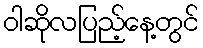
ဝါဆိုလပြည့်နေ့တွင်